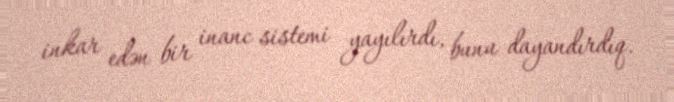
inkar edən bir inanc sistemi yayılırdı, bunu dayandırdıq.